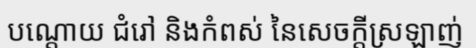
បណ្តោយ ជំរៅ និងកំពស់ នៃសេចក្តីស្រឡាញ់